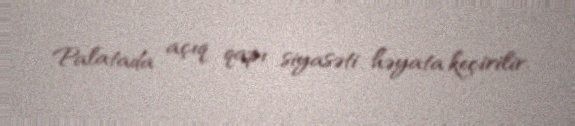
Palatada açıq qapı siyasəti həyata keçirilir.